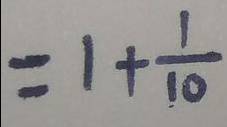
= 1 + \frac { 1 } { 1 0 }